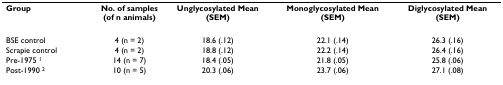
<table><thead><tr><td><b>Group</b></td><td><b>No. of samples (of n animals)</b></td><td><b>Unglycosylated Mean (SEM)</b></td><td><b>Monoglycosylated Mean (SEM)</b></td><td><b>Diglycosylated Mean (SEM)</b></td></tr></thead><tbody><tr><td>BSE control</td><td>4 (n = 2)</td><td>18.6 (.12)</td><td>22.1 (.14)</td><td>26.3 (.16)</td></tr><tr><td>Scrapie control</td><td>4 (n = 2)</td><td>18.8 (.12)</td><td>22.2 (.14)</td><td>26.4 (.16)</td></tr><tr><td>Pre-1975 <sup>1</sup></td><td>14 (n = 7)</td><td>18.4 (.05)</td><td>21.8 (.05)</td><td>25.8 (.06)</td></tr><tr><td>Post-1990 <sup>2</sup></td><td>10 (n = 5)</td><td>20.3 (.06)</td><td>23.7 (.06)</td><td>27.1 (.08)</td></tr></tbody></table>